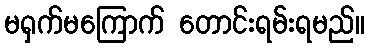
မရှက်မကြောက် တောင်းရမ်းရမည်။